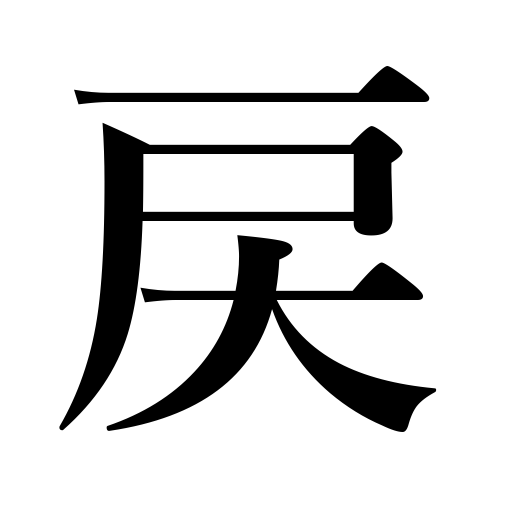
Meanings: resume,turn back a clock,vomit,return,go backward,be returned,return to,turn back,revert to,restore,reject